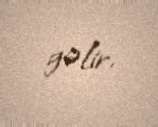
gəlir.